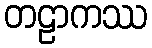
တဠာကဿ